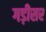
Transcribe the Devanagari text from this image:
गड़ीसर